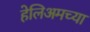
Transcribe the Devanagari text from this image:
हेलिअमच्या